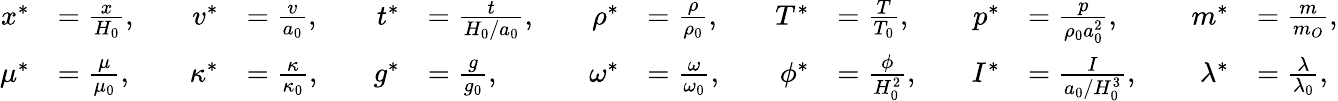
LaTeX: \begin{array}{rlrlrlrlrlrlrl}{x^{*}}&{=\frac{x}{H_{0}},\quad}&{v^{*}}&{=\frac{v}{a_{0}},\quad}&{t^{*}}&{=\frac{t}{H_{0}/a_{0}},\quad}&{\rho^{*}}&{=\frac{\rho}{\rho_{0}},\quad}&{T^{*}}&{=\frac{T}{T_{0}},\quad}&{p^{*}}&{=\frac{p}{\rho_{0}a_{0}^{2}},\quad}&{m^{*}}&{=\frac{m}{m_{O}},}\\ {\mu^{*}}&{=\frac{\mu}{\mu_{0}},\quad}&{\kappa^{*}}&{=\frac{\kappa}{\kappa_{0}},\quad}&{g^{*}}&{=\frac{g}{g_{0}},\quad}&{\omega^{*}}&{=\frac{\omega}{\omega_{0}},\quad}&{\phi^{*}}&{=\frac{\phi}{H_{0}^{2}},\quad}&{I^{*}}&{=\frac{I}{a_{0}/H_{0}^{3}},\quad}&{\lambda^{*}}&{=\frac{\lambda}{\lambda_{0}},}\end{array}